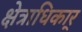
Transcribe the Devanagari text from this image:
क्षेत्राधिकार्